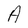
Character: A